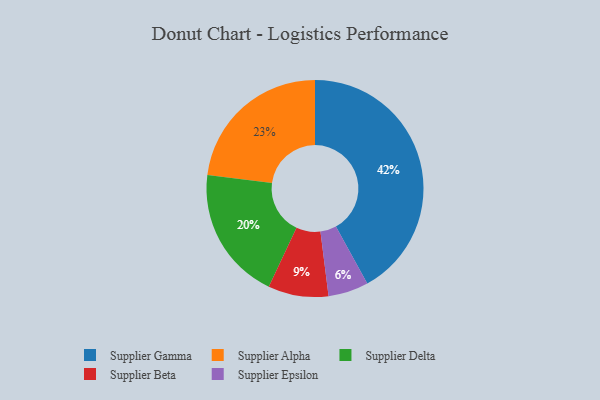
{"axis": {"x": "Category", "y": "Percentage"}, "legend": ["Supplier Alpha", "Supplier Beta", "Supplier Delta", "Supplier Epsilon", "Supplier Gamma"], "data": [{"x": "Supplier Beta", "y": 9, "type": "Supplier Beta"}, {"x": "Supplier Delta", "y": 20, "type": "Supplier Delta"}, {"x": "Supplier Epsilon", "y": 6, "type": "Supplier Epsilon"}, {"x": "Supplier Gamma", "y": 42, "type": "Supplier Gamma"}, {"x": "Supplier Alpha", "y": 23, "type": "Supplier Alpha"}]}